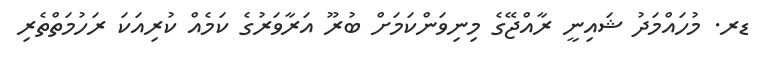
ޑރ. މުހައްމަދު ޝައިނީ ރާއްޖޭގެ މިނިވަންކަމަށް ބުރޫ އަރާވަރުގެ ކަމެއް ކުރިއަކަ ރަހުމަތްތެރި